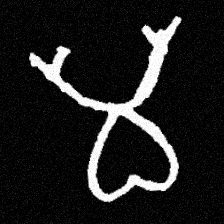
Pyu character \u2014 Myanmar letter: မ (romanized: ma)